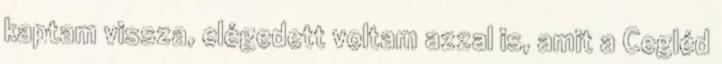
kaptam vissza, elégedett voltam azzal is, amit a Cegléd